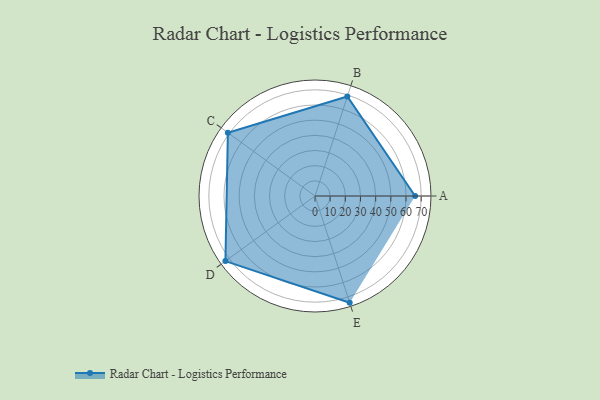
{"axis": {"x": "Skill", "y": "Score"}, "legend": ["Profile"], "data": [{"x": "A", "y": 66.0, "type": "Profile"}, {"x": "B", "y": 69.0, "type": "Profile"}, {"x": "C", "y": 71.0, "type": "Profile"}, {"x": "D", "y": 73.0, "type": "Profile"}, {"x": "E", "y": 74.0, "type": "Profile"}]}